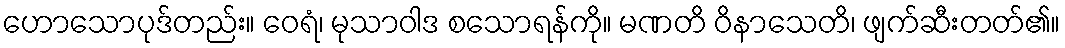
ဟောသောပုဒ်တည်း။ ဝေရံ၊ မုသာဝါဒ စသောရန်ကို။ မဏတိ ဝိနာသေတိ၊ ဖျက်ဆီးတတ်၏။